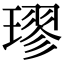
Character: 璆